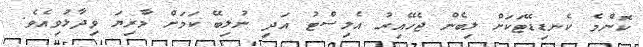
ކޮންމެ ކެނޑިޑޭޓަކަށް ލިބެން ޖެހޭއިރު އެލިސްޓު އަދި ނުލިބޭ ކަމަށް މާރިޔަ ވިދާޅުވިއެވެ.